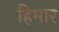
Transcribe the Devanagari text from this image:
हिमार